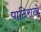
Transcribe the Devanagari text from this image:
पाठिराखे